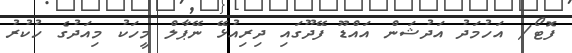
ފޮޓޯ/ އަހުމަދު އަދުޝަން އައްޑޫ ފޭދޫގައި ދިރިއުޅޭ ނޭޕާލް މީހަކު މިއަދުގެ ހުކުރު